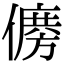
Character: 𠏛